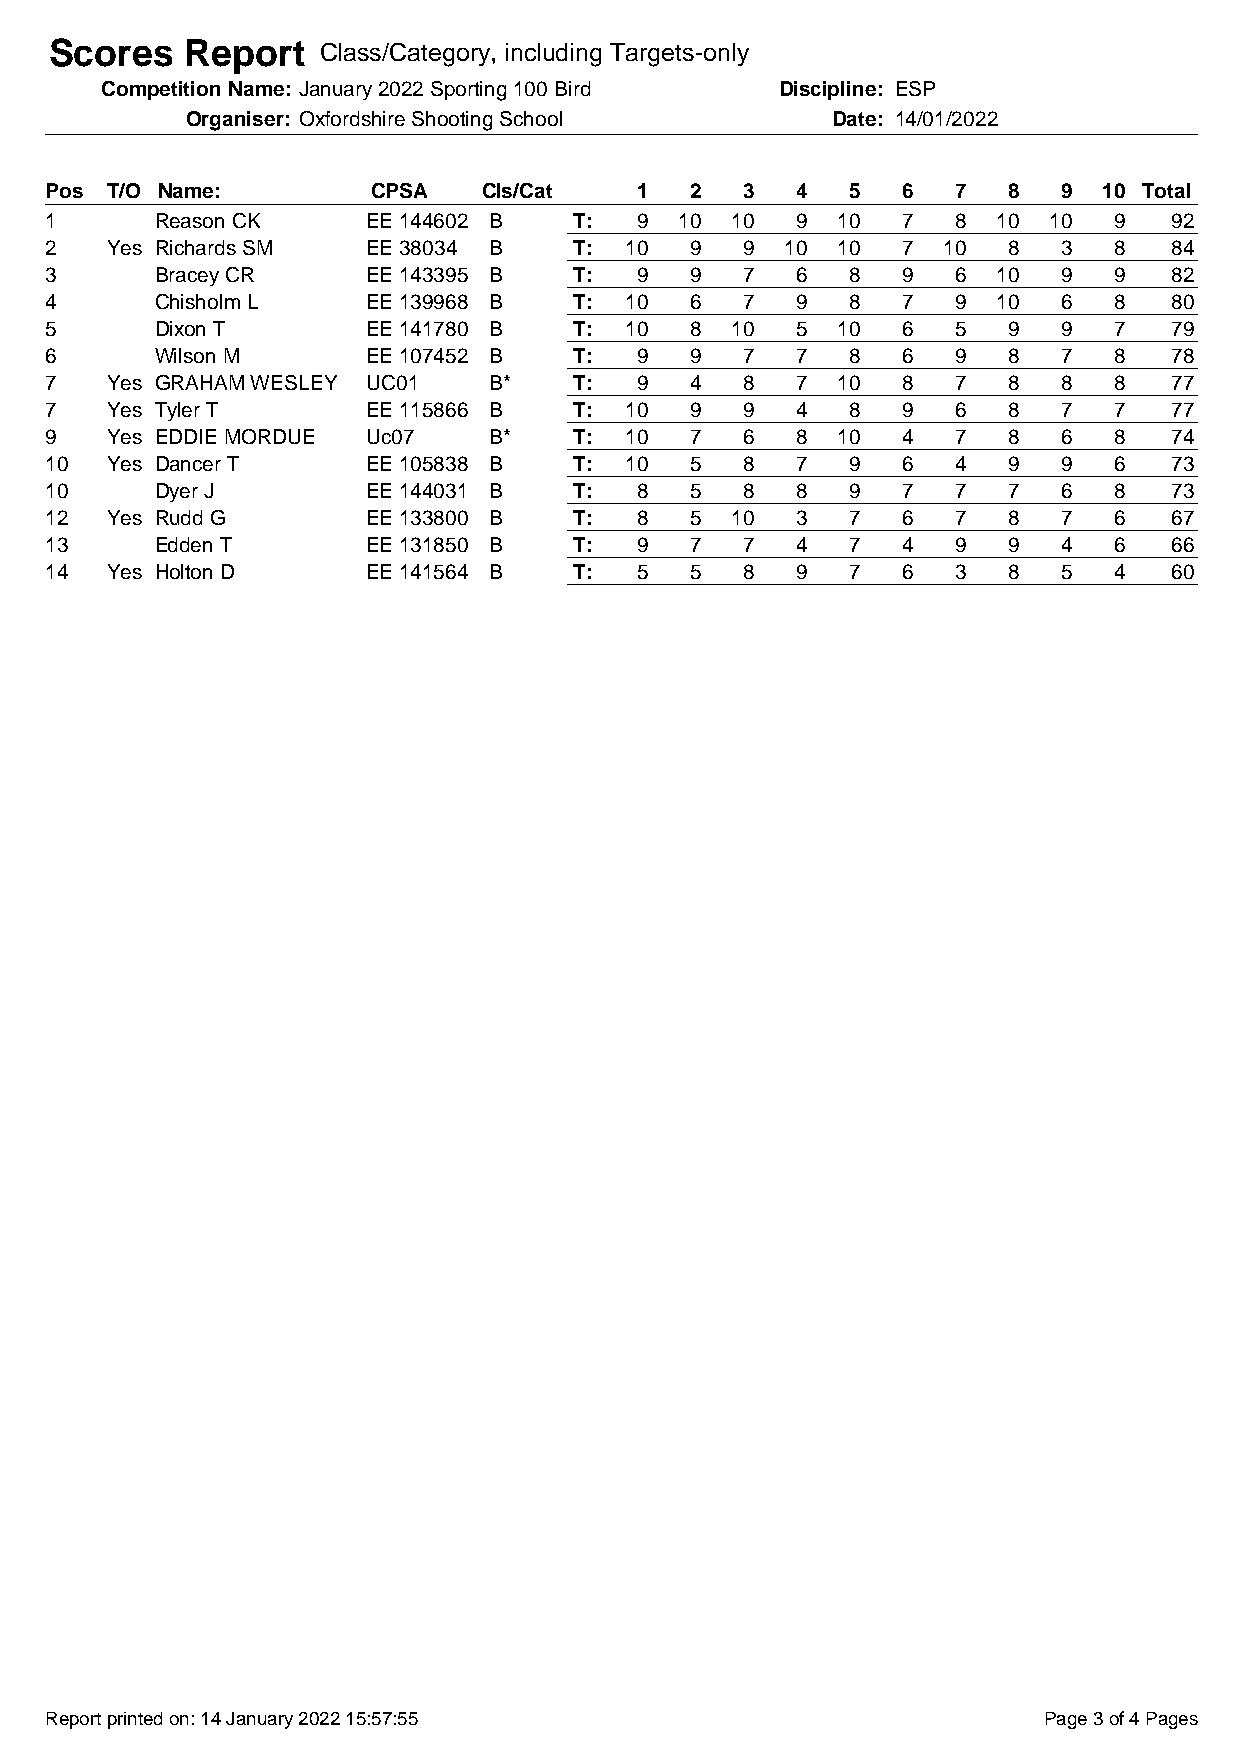
Scores   Report   Class/Category, including Targets-only
 Competition Name: January 2022 Sporting 100 Bird Discipline: ESP
 Organiser: Oxfordshire Shooting School     Date: 14/01/2022
 Pos T/O Name:         CPSA   Cls/Cat   1   2  3   4  5   6  7   8  9  10 Total
 1      Reason CK     EE 144602 B   T:  9  10 10   9 10   7  8  10 10   9   92
 2   Yes Richards SM  EE 38034 B    T: 10   9  9  10 10   7 10   8  3   8   84
 3      Bracey CR     EE 143395 B   T:  9   9  7   6  8   9  6  10  9   9   82
 4      Chisholm L    EE 139968 B   T: 10   6  7   9  8   7  9  10  6   8   80
 5      Dixon T       EE 141780 B   T: 10   8 10   5 10   6  5   9  9   7   79
 6      Wilson M      EE 107452 B   T:  9   9  7   7  8   6  9   8  7   8   78
 7   Yes GRAHAM WESLEY UC01   B*    T:  9   4  8   7 10   8  7   8  8   8   77
 7   Yes Tyler T      EE 115866 B   T: 10   9  9   4  8   9  6   8  7   7   77
 9   Yes EDDIE MORDUE Uc07    B*    T: 10   7  6   8 10   4  7   8  6   8   74
 10  Yes Dancer T     EE 105838 B   T: 10   5  8   7  9   6  4   9  9   6   73
 10     Dyer J        EE 144031 B   T:  8   5  8   8  9   7  7   7  6   8   73
 12  Yes Rudd G       EE 133800 B   T:  8   5 10   3  7   6  7   8  7   6   67
 13     Edden T       EE 131850 B   T:  9   7  7   4  7   4  9   9  4   6   66
 14  Yes Holton D     EE 141564 B   T:  5   5  8   9  7   6  3   8  5   4   60
 Report printed on: 14 January 2022 15:57:55                       Page 3 of 4 Pages